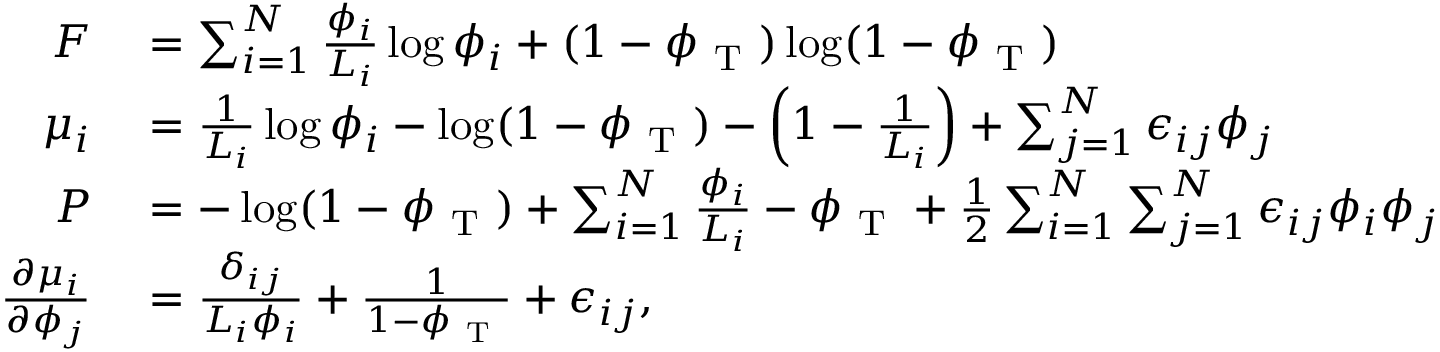
\begin{array} { r l } { F } & { { } = \sum _ { i = 1 } ^ { N } \frac { \phi _ { i } } { L _ { i } } \log \phi _ { i } + ( 1 - \phi _ { \mathrm { ~ T ~ } } ) \log ( 1 - \phi _ { \mathrm { ~ T ~ } } ) } \\ { \mu _ { i } } & { { } = \frac { 1 } { L _ { i } } \log \phi _ { i } - \log ( 1 - \phi _ { \mathrm { ~ T ~ } } ) - \left( 1 - \frac { 1 } { L _ { i } } \right) + \sum _ { j = 1 } ^ { N } \epsilon _ { i j } \phi _ { j } } \\ { P } & { { } = - \log ( 1 - \phi _ { \mathrm { ~ T ~ } } ) + \sum _ { i = 1 } ^ { N } \frac { \phi _ { i } } { L _ { i } } - \phi _ { \mathrm { ~ T ~ } } + \frac { 1 } { 2 } \sum _ { i = 1 } ^ { N } \sum _ { j = 1 } ^ { N } \epsilon _ { i j } \phi _ { i } \phi _ { j } } \\ { \frac { \partial \mu _ { i } } { \partial \phi _ { j } } } & { { } = \frac { \delta _ { i j } } { L _ { i } \phi _ { i } } + \frac { 1 } { 1 - \phi _ { \mathrm { ~ T ~ } } } + \epsilon _ { i j } , } \end{array}